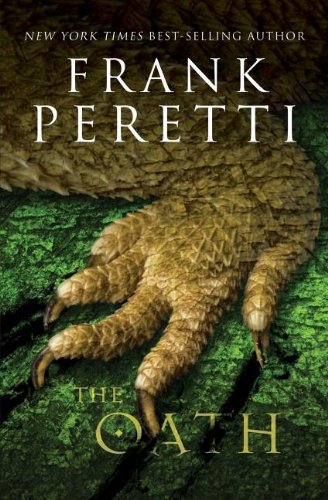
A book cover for The Oath; Frank E. Peretti; Christian Books & Bibles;